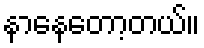
နာနေတော့တယ်။